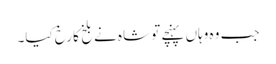
جب وہ وہاں پہنچے تو شاہ نے بلخ کا رخ کیا۔